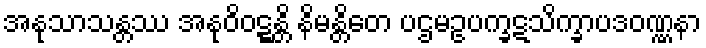
အနုသာသန္တဿ အနုဝိဝဋ္ဋန္တိ နိမန္တိတေ ပဌမဥပက္ခဋသိက္ခာပဒဝဏ္ဏနာ